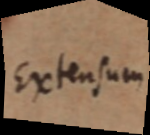
Extensum